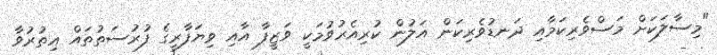
"މިސާލަކަށް މަސްވެރިކަމާއި ދަނޑުވެރިކަން އަލުން ކުރިއެރުވުމަކީ ވަޒީފާ އާއި ވިޔަފާރީގެ ފުރުސަތުތައް އިތުރުވާ